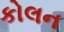
કોલન